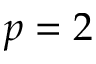
p = 2